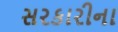
સરકારીના